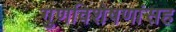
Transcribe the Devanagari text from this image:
गुणविशेषणांसह